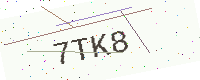
Text: 7TK8